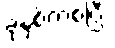
ခုနှစ်ကစပြီး